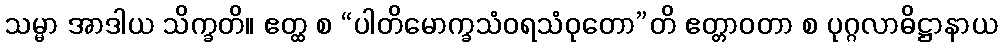
သမ္မာ အာဒါယ သိက္ခတိ။ ဧတ္ထ စ “ပါတိမောက္ခသံဝရသံဝုတော”တိ ဧတ္တာဝတာ စ ပုဂ္ဂလာဓိဋ္ဌာနာယ